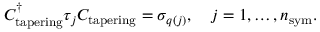
C _ { \mathrm { t a p e r i n g } } ^ { \dagger } \tau _ { j } C _ { \mathrm { t a p e r i n g } } = \sigma _ { q ( j ) } , \quad j = 1 , \dots , n _ { \mathrm { s y m } } .